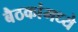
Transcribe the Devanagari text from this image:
बैठकांमध्ये